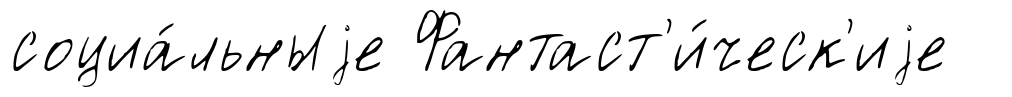
социа́льныjе Фантаст'и́ческ'иjе